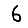
Digit: 6